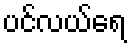
ပင်လယ်ရေ